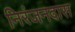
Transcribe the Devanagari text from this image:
निरंजनदास